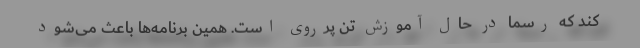
کند که رسما در حال آموزش تن پرروی است. همین برنامه‌ها باعث می‌شود